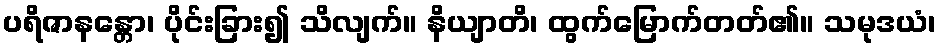
ပရိဇာနန္တော၊ ပိုင်းခြား၍ သိလျက်။ နိယျာတိ၊ ထွက်မြောက်တတ်၏။ သမုဒယံ၊